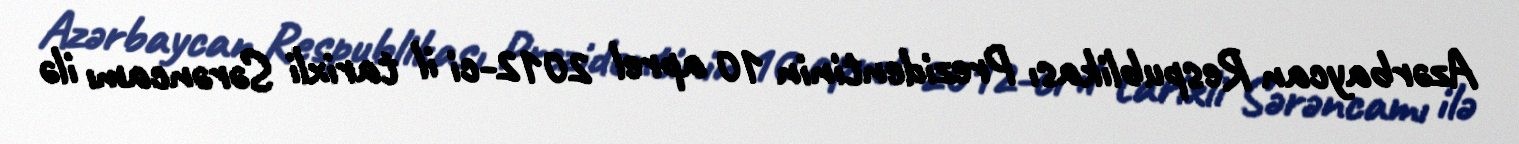
Azərbaycan Respublikası Prezidentinin 10 aprel 2012-ci il tarixli Sərəncamı ilə